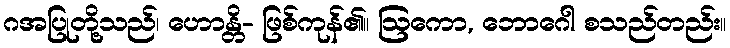
ဂအပြုတို့သည်၊ ဟောန္တိ- ဖြစ်ကုန်၏။ ဩကော, ဘောဂေါ စသည်တည်း။